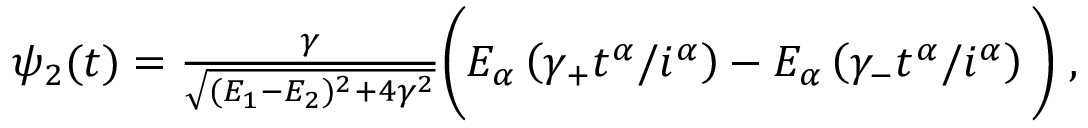
\begin{array} { r } { \psi _ { 2 } ( t ) = \frac { \gamma } { \sqrt { ( E _ { 1 } - E _ { 2 } ) ^ { 2 } + 4 \gamma ^ { 2 } } } \bigg ( E _ { \alpha } \left( \gamma _ { + } t ^ { \alpha } / i ^ { \alpha } \right) - E _ { \alpha } \left( \gamma _ { - } t ^ { \alpha } / i ^ { \alpha } \right) \bigg ) \; , } \end{array}